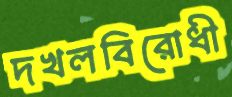
দখলবিরোধী